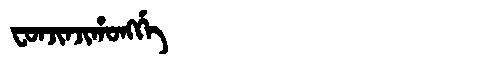
Manchu: ᠸᠣᠨᠵᡳᠨᠵᡳᡥᠣᠩᡤᡝ
Romanization: FONJINJIHONGGE